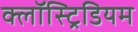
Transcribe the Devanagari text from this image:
क्लॉस्ट्रिडियम